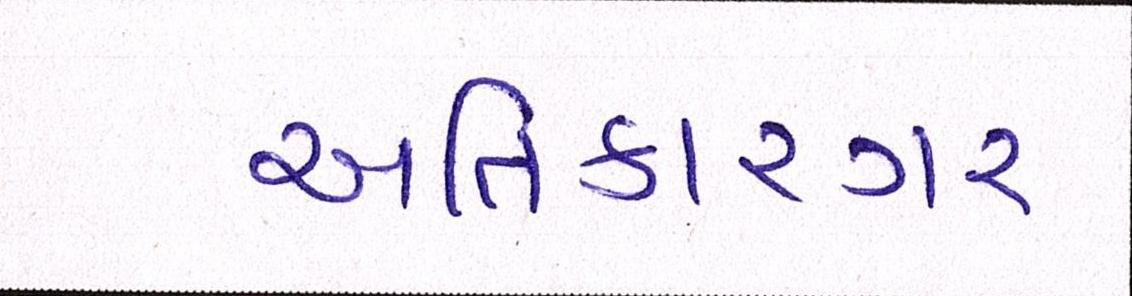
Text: અતિકારગર